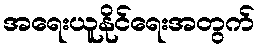
အရေးယူနိုင်ရေးအတွက်